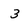
Character: 3